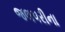
જલપરીના